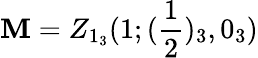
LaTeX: \mathbf{M}=Z_{1_{3}}(1;(\frac{{1}}{{2}})_{3},0_{3})